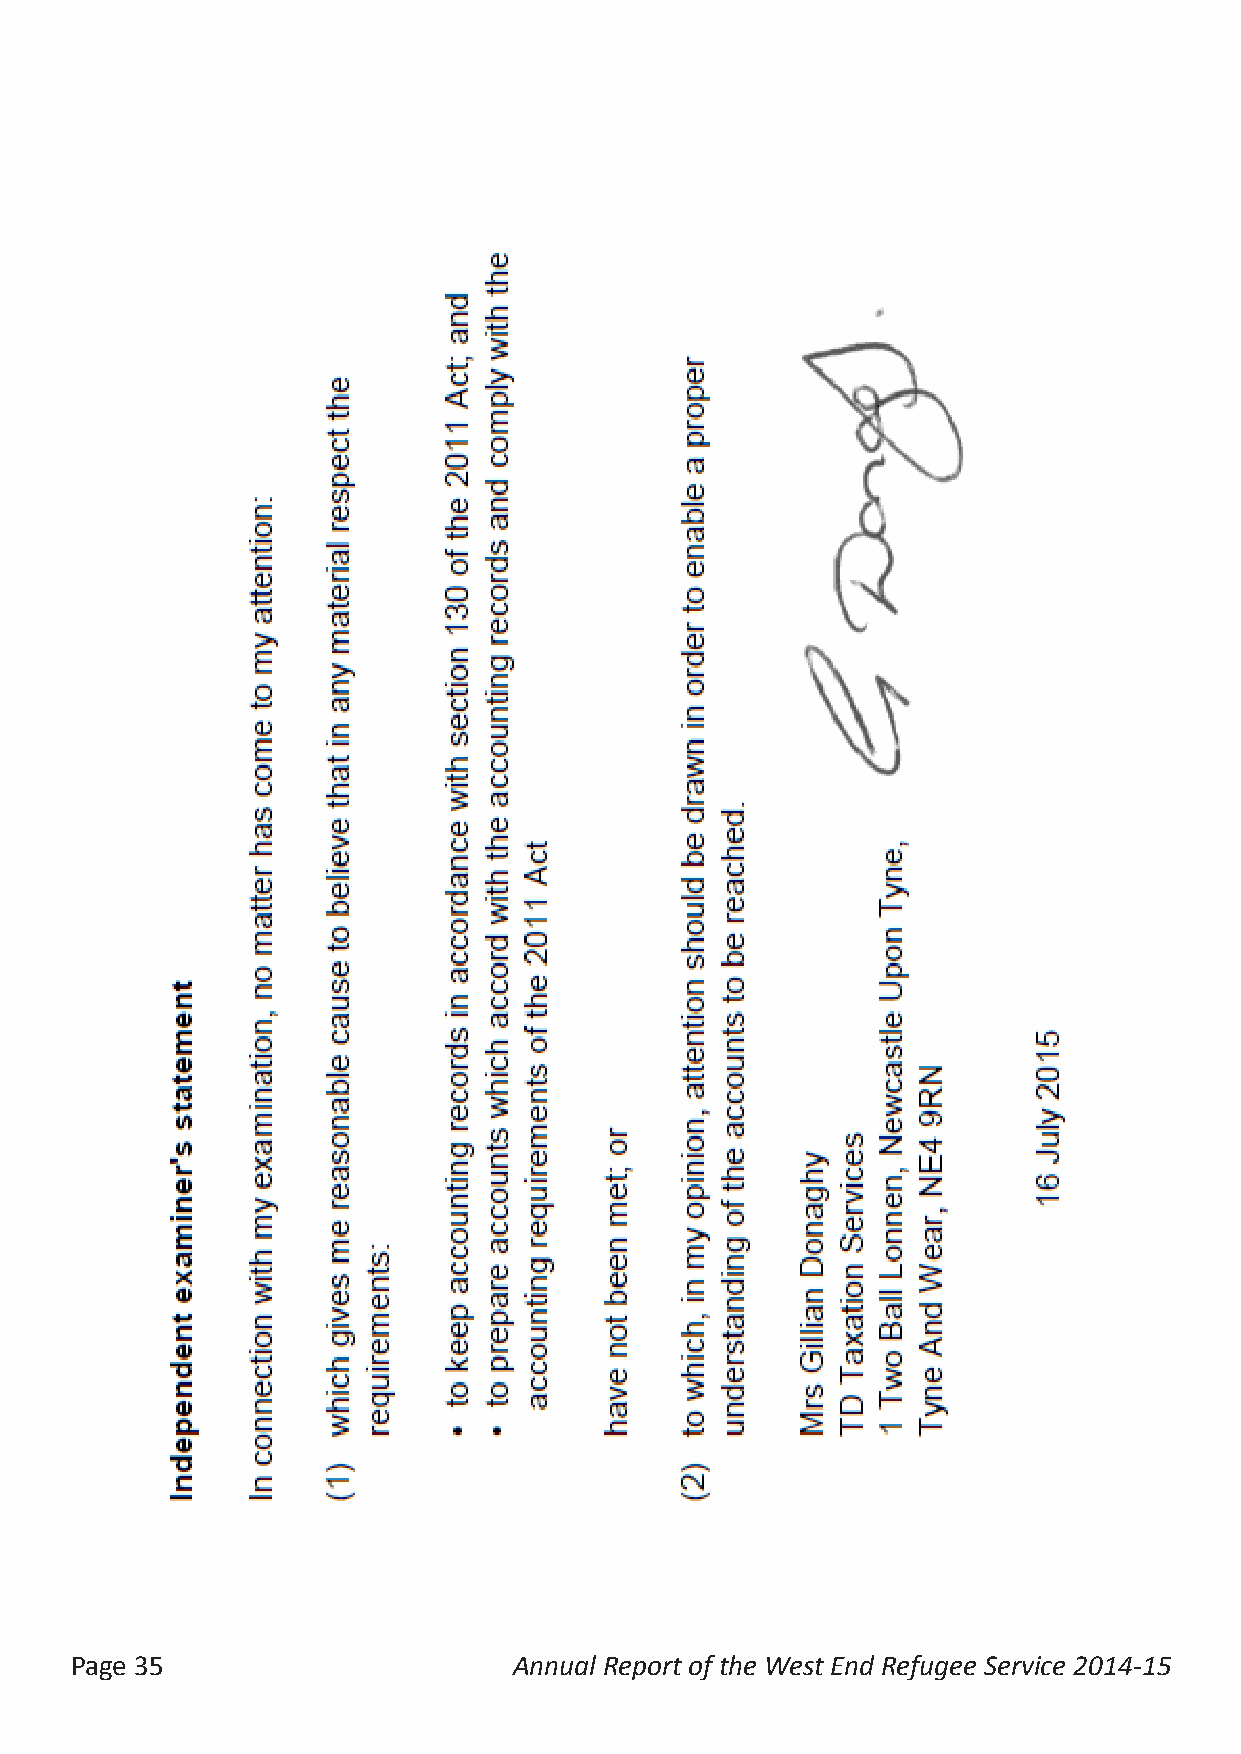
Page 35                      Annual Report of the West End Refugee Service 2014-15